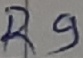
Text: R9